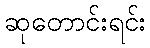
ဆုတောင်းရင်း